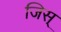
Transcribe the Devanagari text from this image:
जिस्